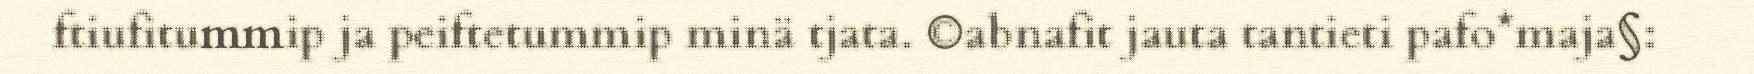
ftiufitummip ja peiftetummip minä tjata. ©abnafit jauta tantieti pafo*maja§: